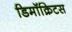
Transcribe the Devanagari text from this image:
डिमॉक्रिटस